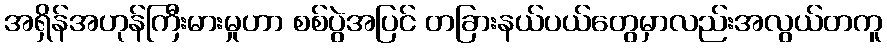
အရှိန်အဟုန်ကြီးမားမှုဟာ စစ်ပွဲအပြင် တခြားနယ်ပယ်တွေမှာလည်းအလွယ်တကူ